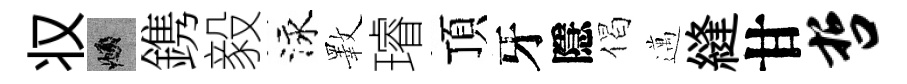
𠬧頫鎸毅泳斁璿頂牙隱偈邁縫甘哲